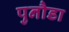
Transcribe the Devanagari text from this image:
पुनौडा